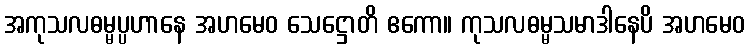
အကုသလဓမ္မပ္ပဟာနေ အဟမေဝ သေဋ္ဌောတိ ဧကော။ ကုသလဓမ္မသမာဒါနေပိ အဟမေဝ